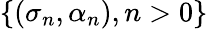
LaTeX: \{ (\sigma_{n},\alpha_{n}),n>0\}